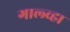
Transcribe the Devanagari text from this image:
गाल्व्हा